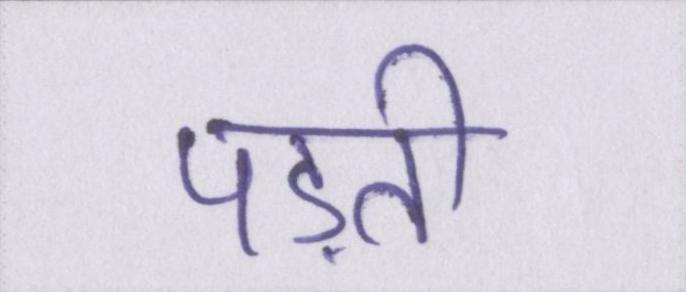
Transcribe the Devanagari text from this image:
पड़ती